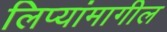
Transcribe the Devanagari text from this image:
लिप्यांमागील